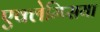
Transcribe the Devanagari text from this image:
एक्लेम्प्सिया